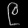
Digit: ၉